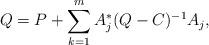
LaTeX: \begin{align*}Q=P+\sum_{k=1}^mA_j^*(Q-C)^{-1}A_j,\end{align*}